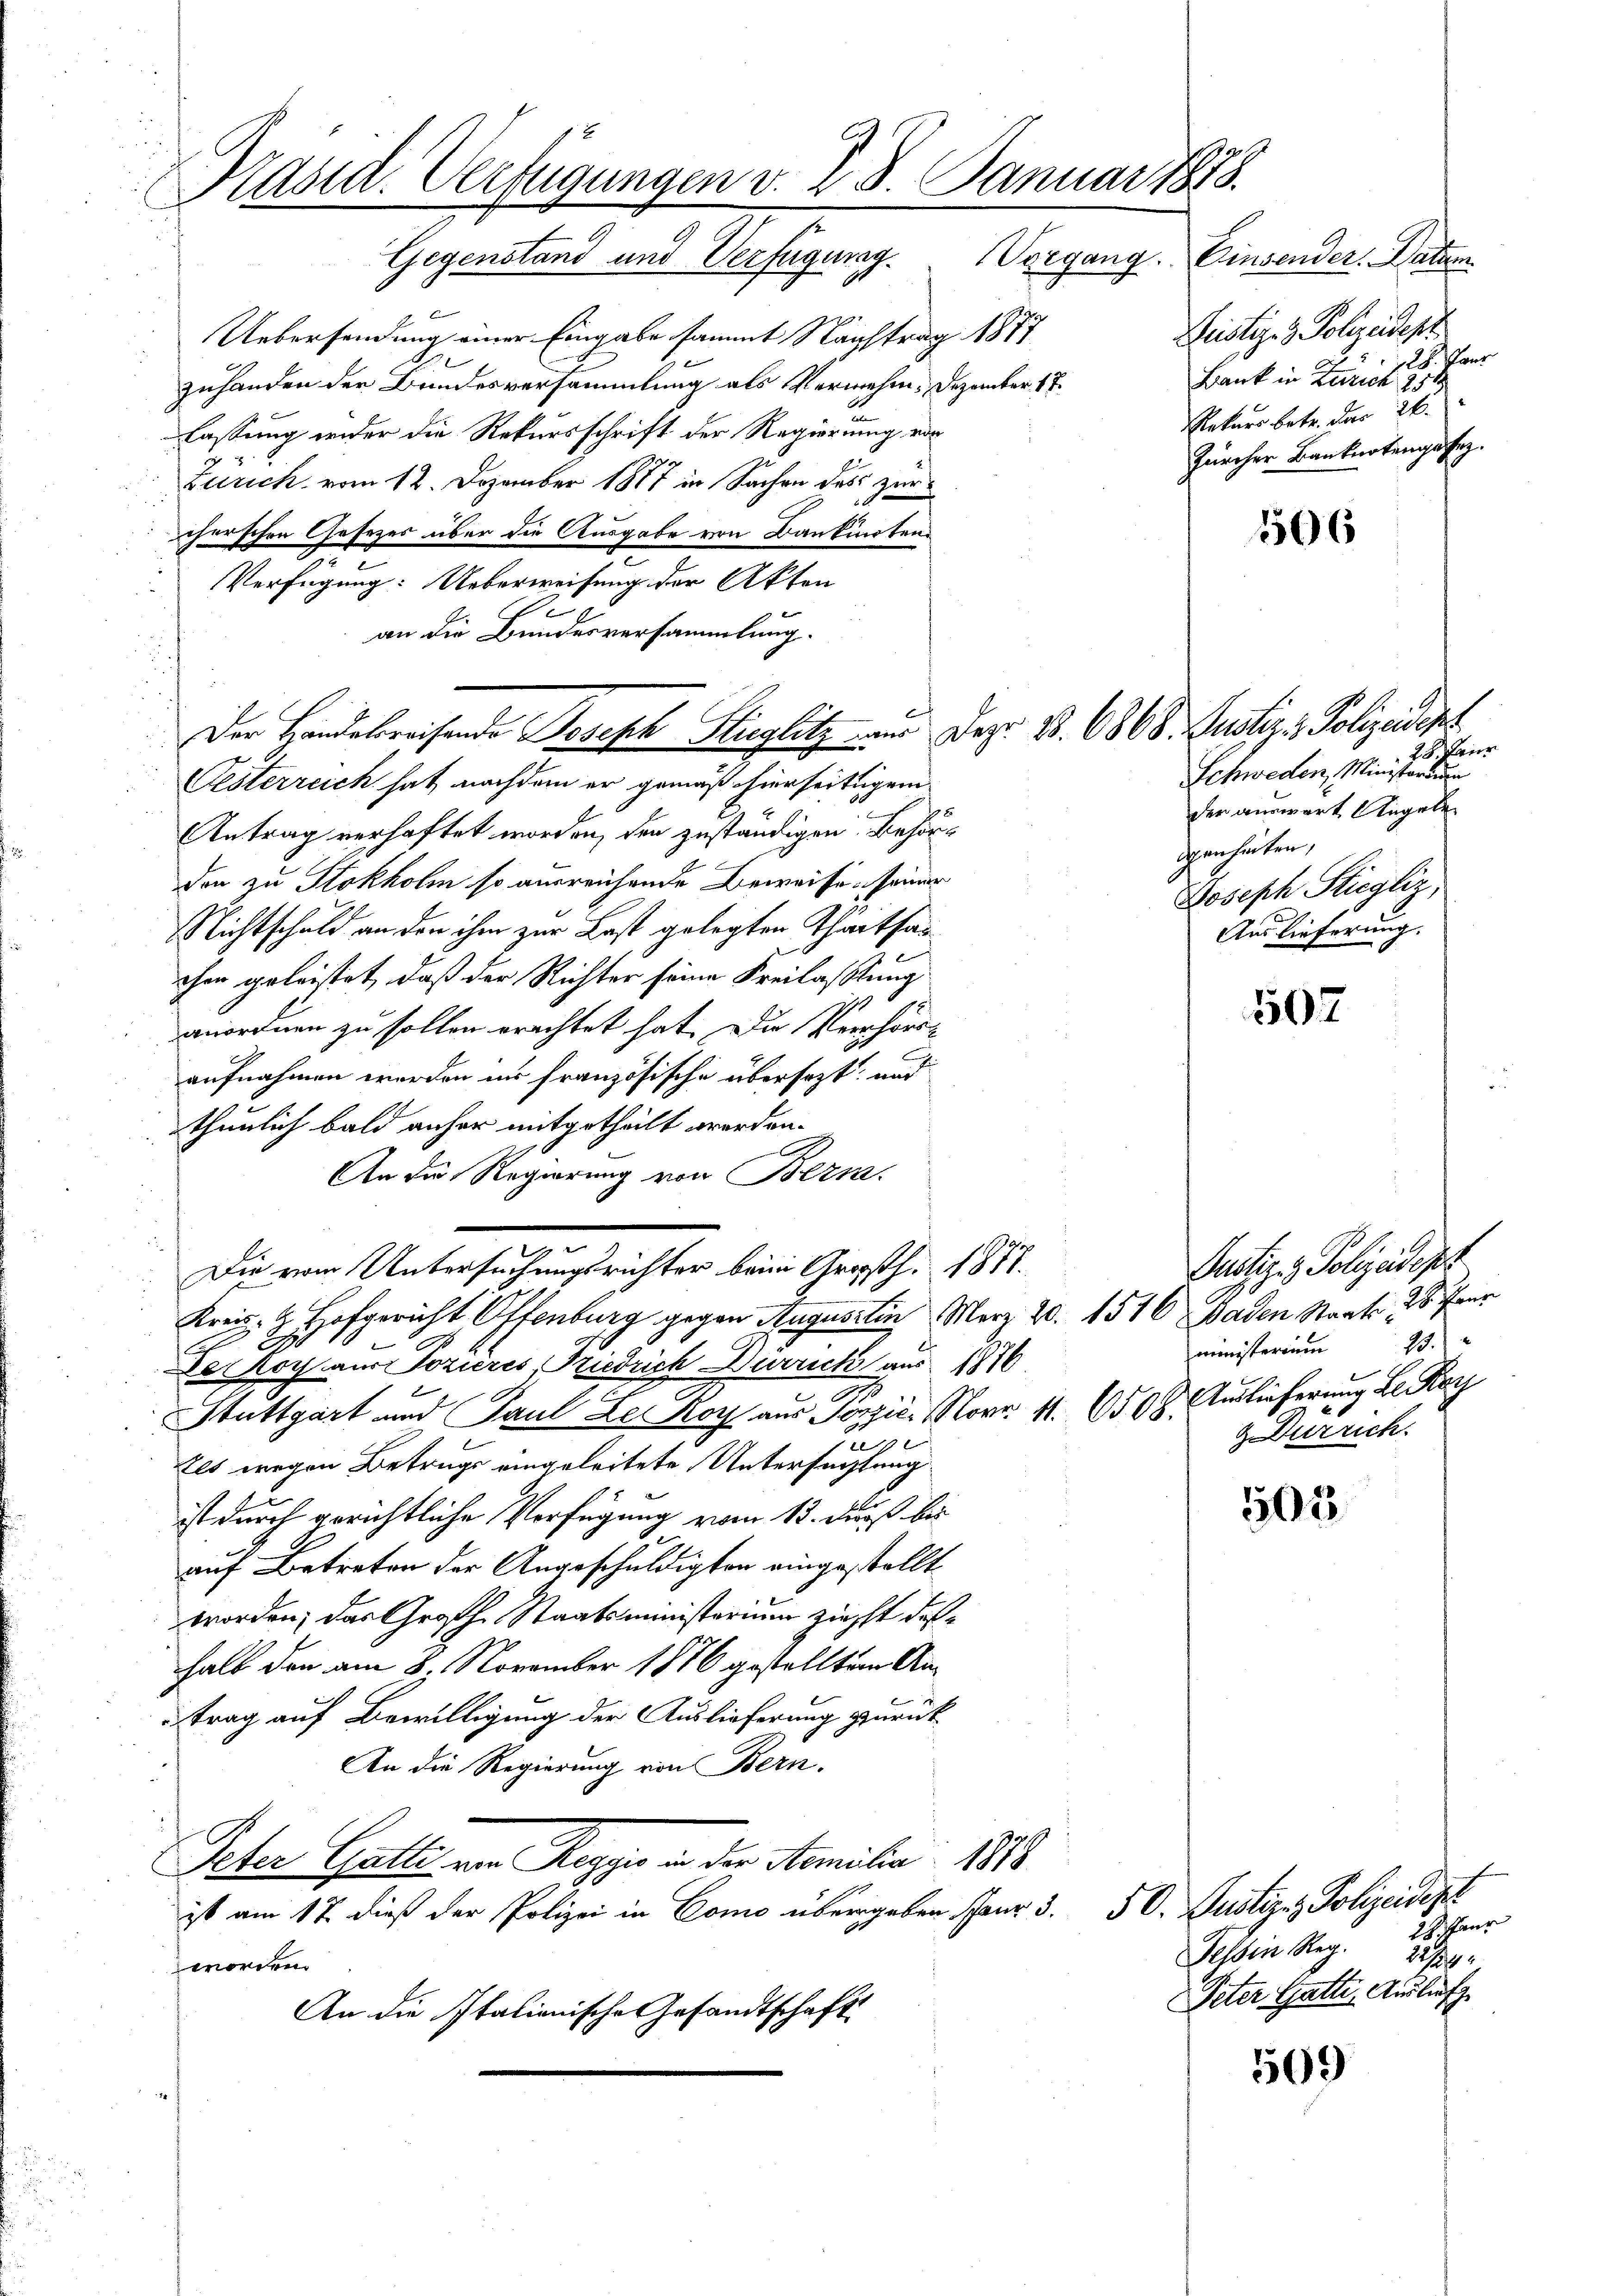
Präsid. Verfügungen v. 28. Januar 1818.
Gegenstand und Verfügung. Vorgang. Einsender. Datum

Uebersendung einer Eingabe sammt Napftrag 1877
zuhanden der Bundesversammlung als Vermehr. Dezember 17.
a
lassung wider die Rekursschrift der Regierung von
Zürich vom 12. Dezember 1887 in Sachen des zur
cherschen Gesezes über die Ausgabe von Bankindtens
Verfügung: Ueberweisung der Akten
.
Antrag verhaftet worden, den zuständigen Behörden zu Stokholm so ausreichende Beweise, seiner
Nichtschuld an den ihm zur Last gelegten Theitsan
chen geleistet, daß der Richter seine Freilastung
anordnen zu sollen erachtet hat. Die Verhörraufnahmen worden in französische übersezt, und
thunlich bald anher mitgetheilt werden.

An die Regierung von Bern.
Die vom Untersuchungsrichter beim Großh. 1881.
Kreis. Z. Hofgericht Offenburg gegen Augustin Merz 20. 1510 Baden Staats- 28. Janr
c
De Roy aus Sozières, Friedrich Dürrich aus 1816.
Stuttgart und Paul Le noch aus Sorgie. Nov. 11. 6508. Auslieferung L Kay
x
u
zes wegen Betrugs eingeleitete Untersuchtung
ist durch gerichtliche Verfügung vom 13. daß bis
auf Betreten der Angeschuldigter eingestellt
worden; das Großh. Staatsministerium ziehst deßhalb den am 8. November 1876 gestellten Antrag auf Bewilligung der Auslieferung zurück
An die Regierung von Bern.
Peter Gatte von Reggis in der Familie 1818
ist am 17. dieß der Polizei in Como übergeben Paur 3. 50. Justiz & Polizeident
worden.
An die Italienische Gesandtschaft

an die Bundesversammlung.
Der Handebreisende Joseph Stieglitz aus Dez. B. 6868. Justiz & Polizeident
Lesterreich hat, nachdem er gemäß hierseitigem

Geistiges Polizeidest
a 2. 728. Taur
Bank in Zürich 211.
Rekurs betr. das 26.
Zürcher Banknotengesez

Schweden, Ministorium
der auswart Angele

506

28 aur
igenheiten,
Joseph Stieglig,
Auslieferung.

507

502

Justiz - Polizeidigt
ministerium 23.
g Durrich.

28. Janr
Tessin Reg. 227/24
Peter Gatti, Auslief

509